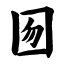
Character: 囫